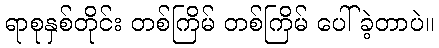
ရာစုနှစ်တိုင်း တစ်ကြိမ် တစ်ကြိမ် ပေါ်ခဲ့တာပဲ။